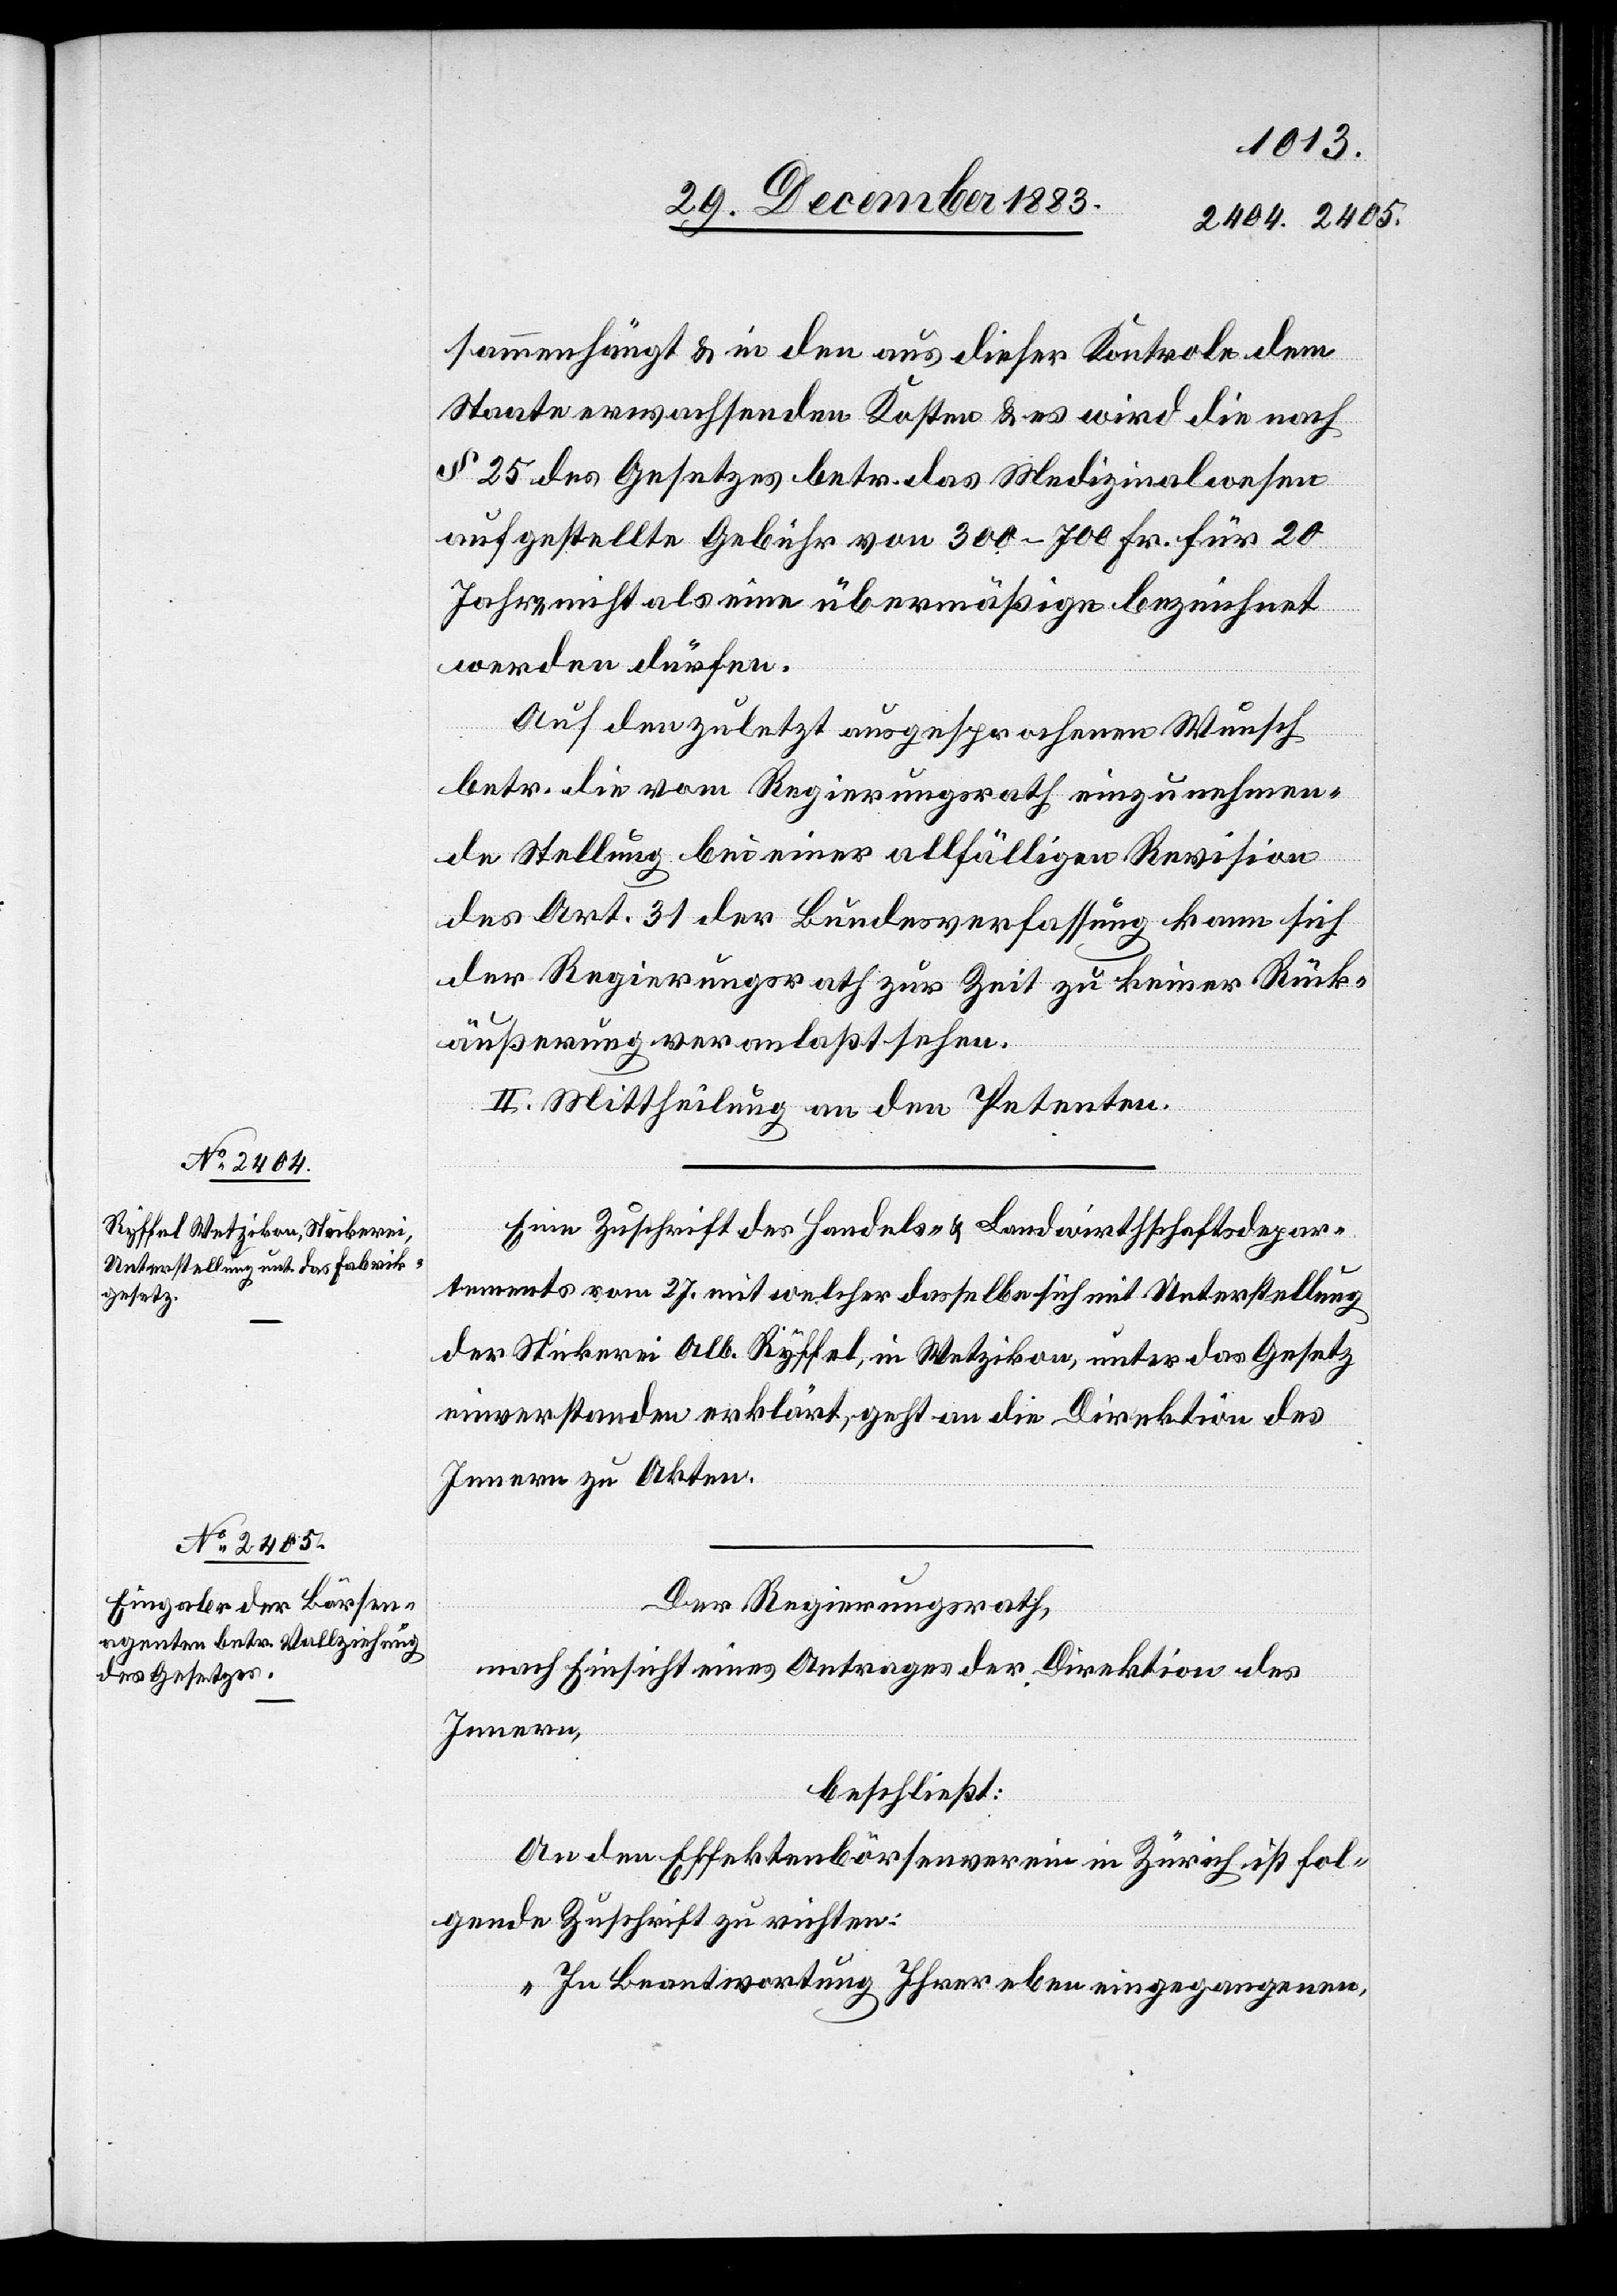
sammenhängt & in den aus dieser Kontrole dem
Staate erwachsenden Kosten & es wird die nach
§ 25 des Gesetzes betr. das Medizinalwesen
aufgestellte Gebühr von 300–700 Fr. für 20
Jahre nicht als eine übermäßige bezeichnet
werden dürfen.
Auf den zuletzt ausgesprochenen Wunsch
betr. die vom Regierungsrath einzunehmen¬
de Stellung bei einer allfälligen Revision
des Art. 31 der Bundesverfassung kann sich
der Regierungsrath zur Zeit zu keiner Rück¬
äußerung veranlaßt sehen.
II. Mittheilung an den Petenten.
Eine Zuschrift des Handels- & Landwirthschaftsdepar¬
tements vom 27. [sic!] mit welcher dasselbe sich mit Unterstellung
der Stickerei Alb. Ryffel, in Wetzikon, unter das Gesetz
einverstanden erklärt, geht an die Direktion des
Innern zu Akten.
Der Regierungsrath,
nach Einsicht eines Antrages der Direktion des
Innern,
beschließt:
An den Effektenbörsenverein in Zürich ist fol¬
gende Zuschrift zu richten:
„In Beantwortung Ihrer eben eingegangenen,